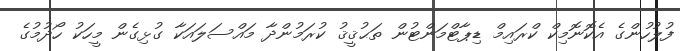
ފުލުހުންގެ އެކޮނޮމިކް ކްރައިމް ޑިޕާޓްމަންޓުން ތަޙުޤީޤު ކުރަމުންދާ މައްސަލައަކާ ގުޅިގެން މީހަކު ހޯދުމުގެ